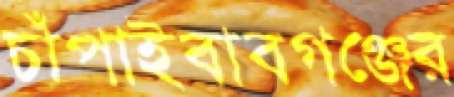
চাঁপাইবাবগঞ্জের